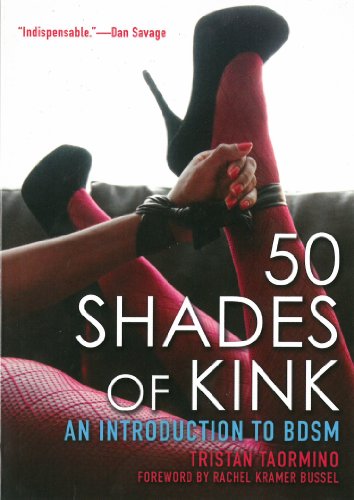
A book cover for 50 Shades of Kink: An Introduction to BDSM; Tristan Taormino; Gay & Lesbian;